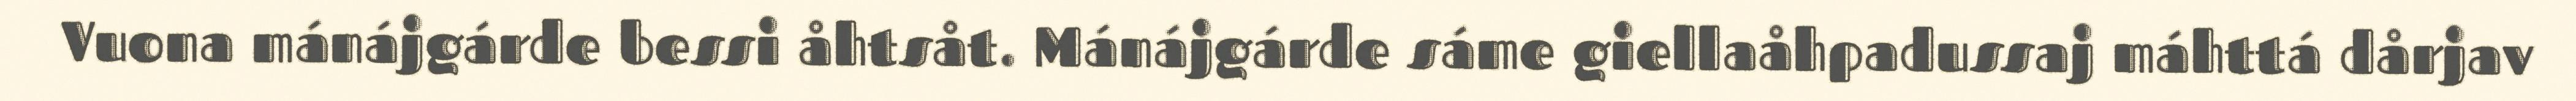
Vuona mánájgárde bessi åhtsåt. Mánájgárde sáme giellaåhpadussaj máhttá dårjav